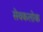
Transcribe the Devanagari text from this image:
सेवकलोक